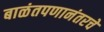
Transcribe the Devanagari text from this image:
बाळंतपणानंतरचे